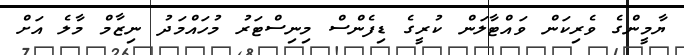
ޔާމީންގެ ވެރިކަން ވައްޓާލަން ކުރީގެ ޑިފެންސް މިނިސްޓަރު މުހައްމަދު ނިޒާމް މާލެ އަށް